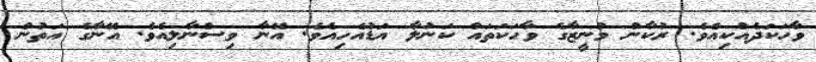
ވާހަކަދެއްކިއެވެ. ރުކާން މުނީޒާގެ ވާހަކަތައް ކަނުލާ އަޑުއެހިއެވެ. އޭނާ ވިސްނާލިއެވެ. އޭނާގެ އަތުން